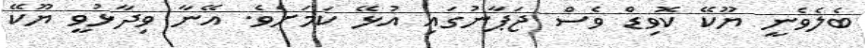
ބެލެވެނީ ޔޫކޭ ކޮވިޑް ވެސް ޖަޕާނުގައި އުޅޭ ކަމަށެވެ. އޭނާ ވިދާޅުވީ ޔޫކޭ